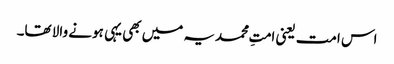
اس امت یعنی امتِ محمدیہ میں بھی یہی ہونے والا تھا۔